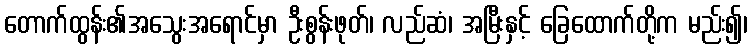
တောက်ထွန်း၏အသွေးအရောင်မှာ ဦးစွန်းဖုတ်၊ လည်ဆံ၊ အမြီးနှင့် ခြေထောက်တို့က မည်း၍၊